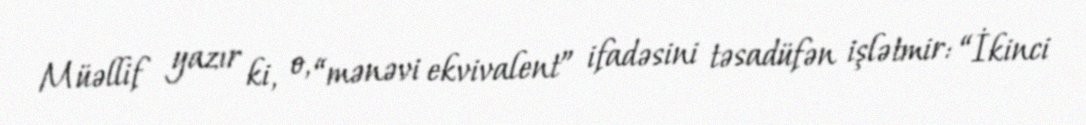
Müəllif yazır ki, o, “mənəvi ekvivalent” ifadəsini təsadüfən işlətmir: “İkinci